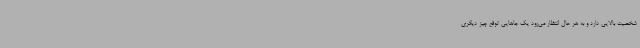
شخصیت بالایی دارد و به هر حال انتظار می‌رود یک جاهایی توقع چیز دیگری